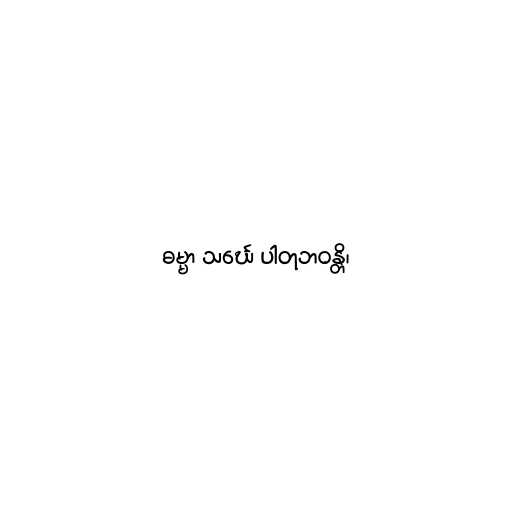
ဓမ္မာ သင်္ဃေ ပါတုဘဝန္တိ၊